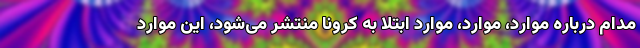
مدام درباره موارد، موارد، موارد ابتلا به کرونا منتشر می‌شود، این موارد